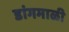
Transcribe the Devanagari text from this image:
डांगमाळी